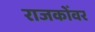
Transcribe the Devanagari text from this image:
राजकोँवर